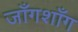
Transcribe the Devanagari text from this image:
जाँगशाँग